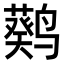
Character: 𬸮